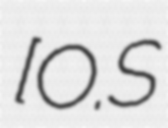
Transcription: [O.S